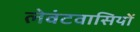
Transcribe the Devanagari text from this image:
लेवंटवासियों